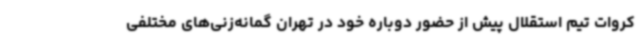
کروات تیم استقلال پیش از حضور دوباره خود در تهران گمانه‌زنی‌های مختلفی